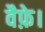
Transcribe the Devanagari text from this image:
वैफ़े।